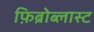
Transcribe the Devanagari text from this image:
फ़िब्रोब्लास्ट